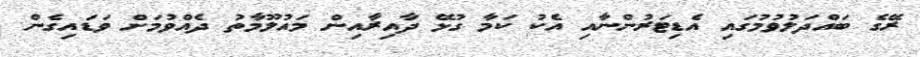
ރޭގެ ބައްދަލުވުމުގައި އެޑިޓަރުންނާއި އެކު ކަމާ ގުޅޭ ދާއިރާއިން މައުލޫމާތު ދެއްވުމަށް ވަޑައިގެން